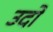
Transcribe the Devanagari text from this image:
उदो